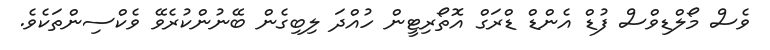
ވެސް މޯލްޑިވްސް ފުޑް އެންޑް ޑްރަގް އޮތޯރިޓީން ހުއްދަ ލިބިގެން ބޭނުންކުރެވޭ ވެކްސިންތަކެވެ.